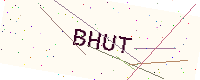
Text: BHUT